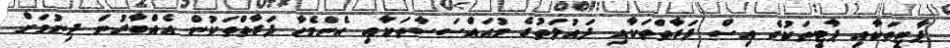
ޕާޓީތަކާއި ޕާޓީތަކުގެ އިސް ފަރާތްތަކާއި ދައުލަތުގެ މުއައްސަސާތަކާއި އެންމެހާ ފަރާތްތަކުން އެއްބާރުން ދިނުމަށް